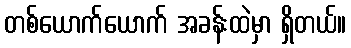
တစ်ယောက်ယောက် အခန်းထဲမှာ ရှိတယ်။